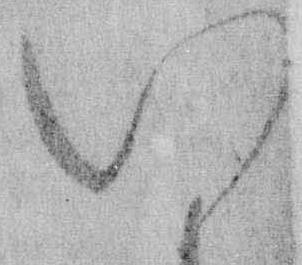
い